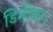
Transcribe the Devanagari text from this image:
डिमीटर।